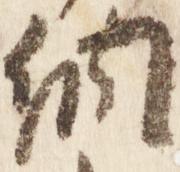
納